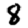
Digit: 8